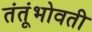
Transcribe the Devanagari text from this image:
तंतूंभोवती